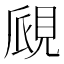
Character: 覛